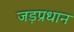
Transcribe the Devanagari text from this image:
जड़प्रधान